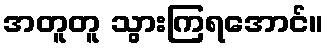
အတူတူ သွားကြရအောင်။